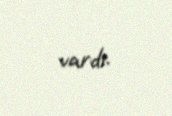
vardı.